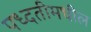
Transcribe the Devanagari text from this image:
पध्दतीमधील